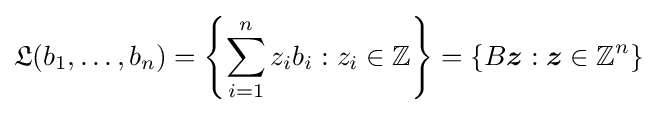
{\mathfrak {L}}(b_{1},\ldots ,b_{n})=\left\{\sum _{i=1}^{n}z_{i}b_{i}:z_{i}\in \mathbb {Z} \right\}=\{B{\boldsymbol {z}}:{\boldsymbol {z}}\in \mathbb {Z} ^{n}\}